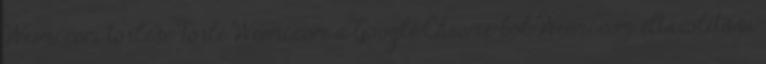
Weemi.com törlése Törli Weemi.com a Google Chrome-ból Weemi.com eltávolítása